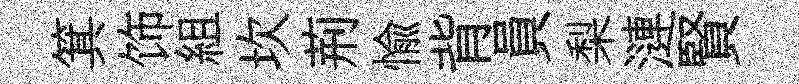
箕饰組坎荊愉背員梨漣賢